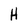
Character: H